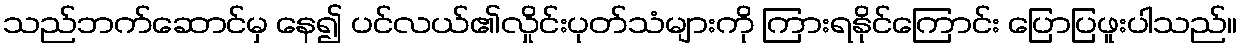
သည်ဘက်ဆောင်မှ နေ၍ ပင်လယ်၏လှိုင်းပုတ်သံများကို ကြားရနိုင်ကြောင်း ပြောပြဖူးပါသည်။